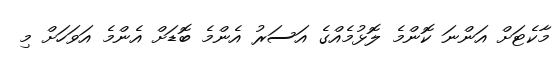
މާކެޓަށް އަންނަ ކޮންމެ ލޮޅުމެއްގެ އަސަރު އެންމެ ބޮޑަށް އެންމެ އަވަހަށް މި